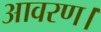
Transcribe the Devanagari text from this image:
आवरण।